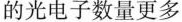
的光电子数量更多